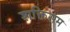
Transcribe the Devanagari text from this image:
शक्तिसम